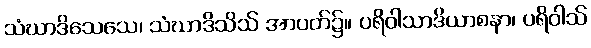
သံဃာဒိသေသေ၊ သံဃာဒိသိသ် အာပတ်၌။ ပရိဝါသာဒိယာစနာ၊ ပရိဝါသ်